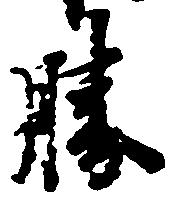
勝